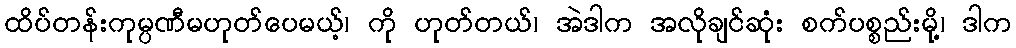
ထိပ်တန်းကုမ္ပဏီမဟုတ်ပေမယ့်၊ ကို ဟုတ်တယ်၊ အဲဒါက အလိုချင်ဆုံး စက်ပစ္စည်းမို့၊ ဒါက